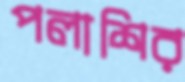
পলাশির